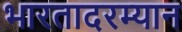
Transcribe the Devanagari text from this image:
भारतादरम्यान